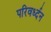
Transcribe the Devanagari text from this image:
परिवर्ध्दन